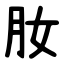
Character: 肗